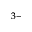
^ { 3 - }